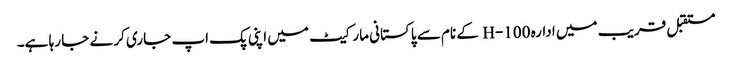
مستقبل قریب میں ادارہ H-100 کے نام سے پاکستانی مارکیٹ میں اپنی پک اپ جاری کر نے جا رہا ہے۔